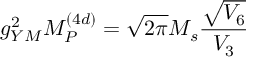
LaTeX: g _ { Y M } ^ { 2 } M _ { P } ^ { ( 4 d ) } = \sqrt { 2 \pi } M _ { s } \frac { \sqrt { V _ { 6 } } } { V _ { 3 } }